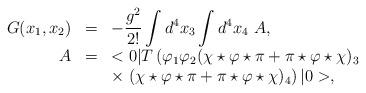
LaTeX: \begin{align*}\begin{array}{rcl}G(x_1,x_2)&=&\displaystyle -\frac{g^2}{2!}\int d^4x_3\int d^4x_4~A,\\A&=&\displaystyle <0|T\left(\varphi_1\varphi_2(\chi\star\varphi\star\pi+\pi\star\varphi\star\chi)_3 \right.\\&&\displaystyle\times\left.(\chi\star\varphi\star\pi+\pi\star\varphi\star\chi)_4 \right)|0>, \end{array}\end{align*}